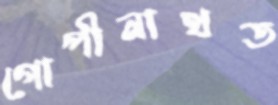
গোপীনাথত